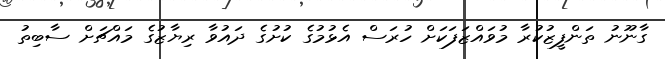
ގާނޫނު ތަންފީޒުކުރާ މުވައްޒަފަކަށް ހުރަސް އެޅުމުގެ ކުށުގެ ދައުވާ ރިޔާޒުގެ މައްޗަށް ސާބިތު